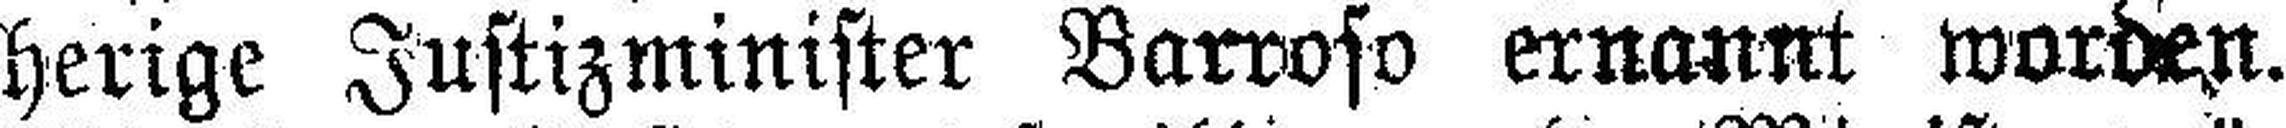
herige Justizminister Barroso ernannt worden.